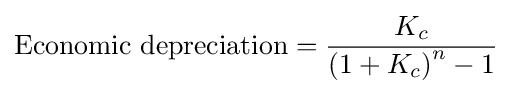
{\text{Economic depreciation}}={\frac {K_{c}}{\left(1+K_{c}\right)^{n}-1}}